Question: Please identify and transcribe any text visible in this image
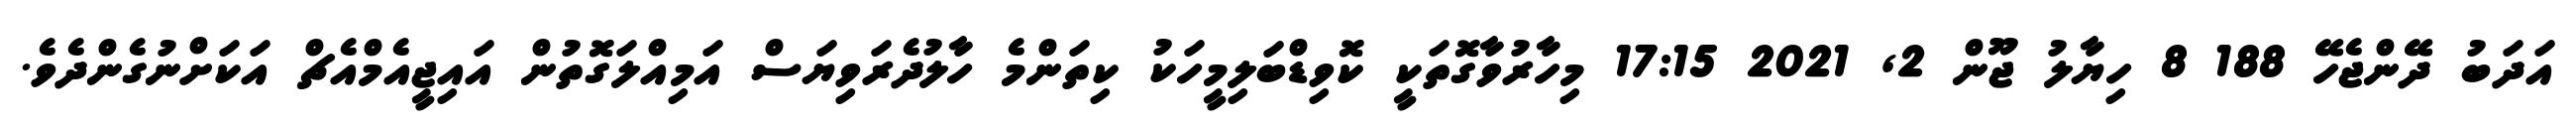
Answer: އަދަބު ދޭންޖެހޭ 188 8 ހިޔާލު ޖޫން 2, 2021 17:15 މިހާރުވާގޮތަކީ ކޮވިޑްބަލިމީހަކު ކިތަންމެ ހާލުދެރަވިޔަސް އަމިއްލަގޮތުން އައިޖީއެމްއެޗް އަކަށްނުގެންދެވެ.